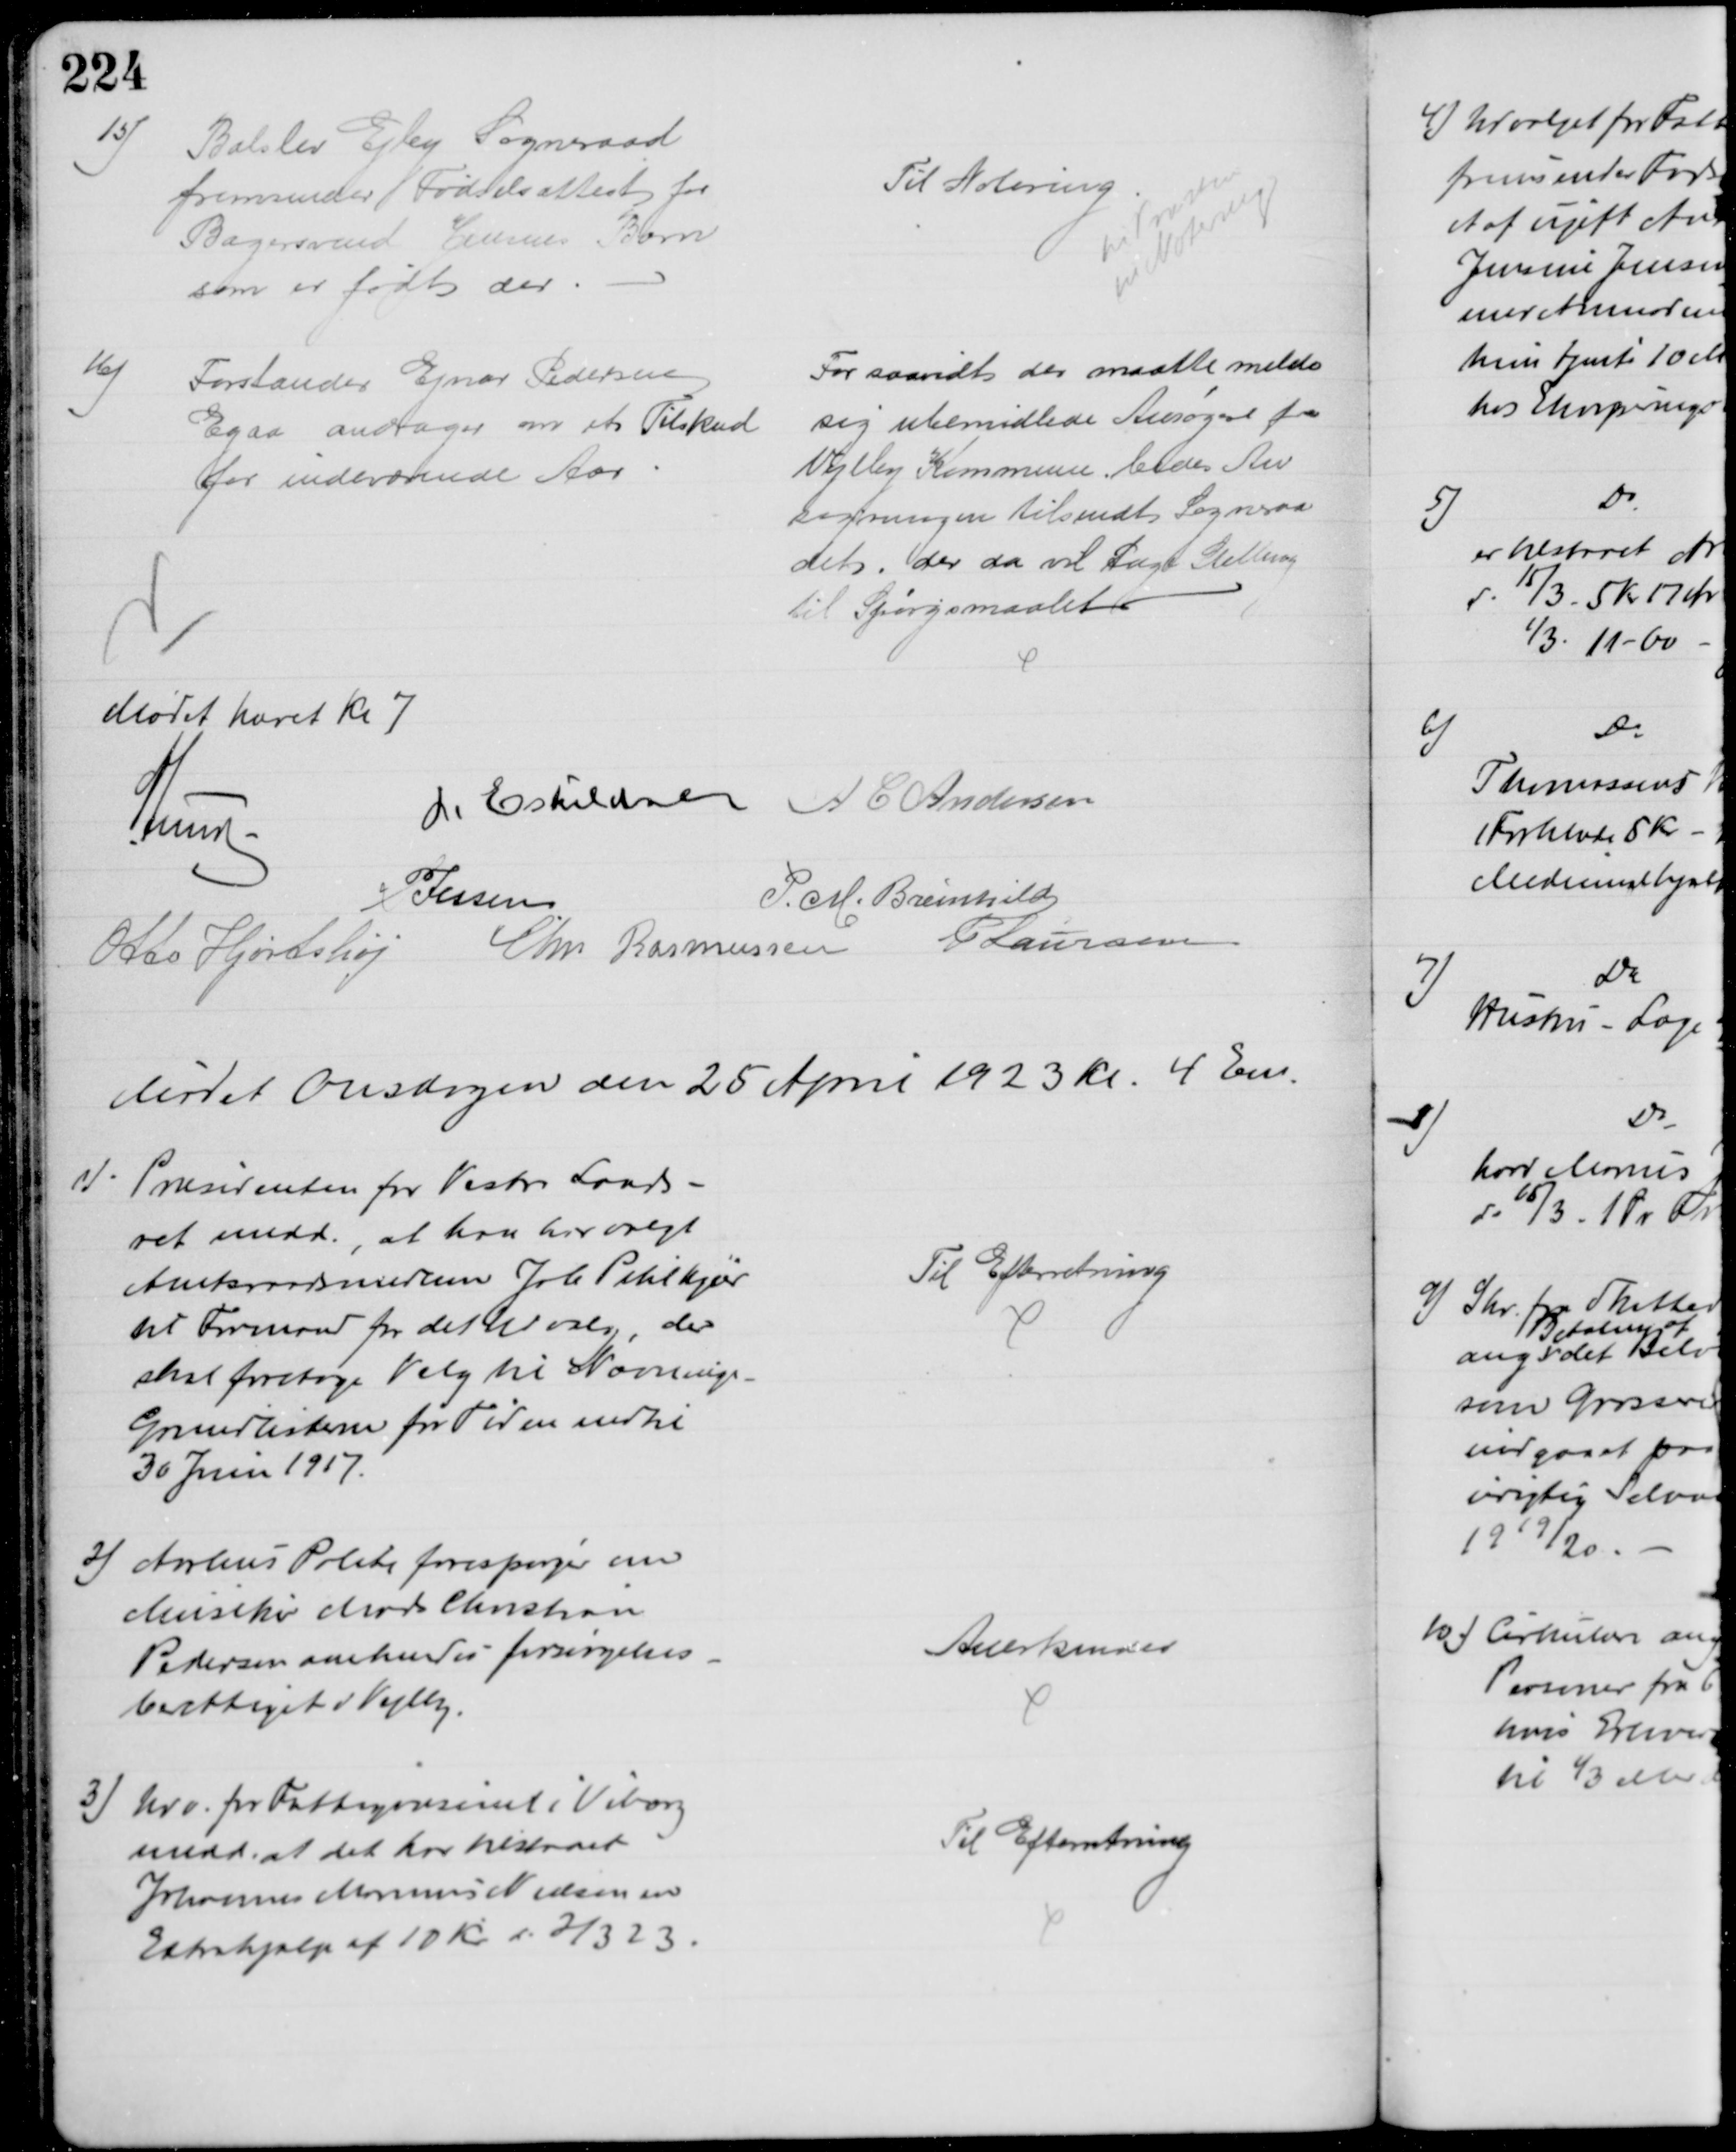
Transskription:
15)
Balslev Ejby Sogneraad
fremsender Fødselsattest for
Bagersvend Jensens Barn
som er født der.
Til Notering
til Præsten
til Notering
16)
Forstander Ejnar Pedersen
Egaa andrager om et Tilskud
for indeværende Aar
For saavidt der maatte melde
sig ubemidlede Ansøgere fra 
Vejlby Kommune, bedes An
søgningen tilsendt Sogneraa
det, der da vil tage Stilling
til Spørgsmaalet
Mødet hævet Kl 7
A Lund
I. Eskildsen A C Andersen
P Jessen
P. M. Breinhild
Otto Hjortshøj
Chr Rasmussen P Laursen
Mødet Onsdagen den 25 April 1923 Kl. 4 Em.
1)
Præsidenten for Vestre Lands-
ret medd., at han har valgt
Amtsraadsmedlem Joh Pihlkjær
til Formand for det Udvalg, der
skal foretage Valg til Nævnings-
Grundlisterne for Tiden indtil
30 Juni 1917.
Til Efterretning
2) Aarhus Politi forespørger om
Musiker Mads Christian
Pedersen anerkendes forsørgelses-
berettiget Vejlby.
Anerkendes
3) Udv. for Fattigvæsenet i Viborg
medd. at det har tilstaaet
Johannes Marinus Nielsen en
Extrahjælp af 10 Kr. d. 2/3 23.
Til Efterretning